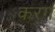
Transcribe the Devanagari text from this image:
करगं